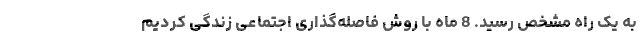
به یک راه مشخص رسید. 8 ماه با روش فاصله‌گذاری اجتماعی زندگی کردیم